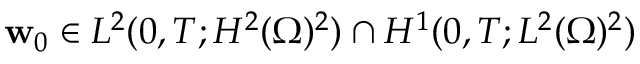
\mathbf { w } _ { 0 } \in L ^ { 2 } ( 0 , T ; H ^ { 2 } ( \Omega ) ^ { 2 } ) \cap H ^ { 1 } ( 0 , T ; L ^ { 2 } ( \Omega ) ^ { 2 } )